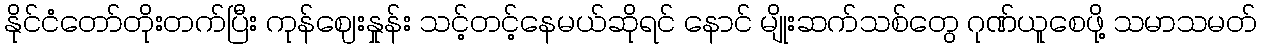
နိုင်ငံတော်တိုးတက်ပြီး ကုန်ဈေးနှုန်း သင့်တင့်နေမယ်ဆိုရင် နောင် မျိုးဆက်သစ်တွေ ဂုဏ်ယူစေဖို့ သမာသမတ်